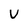
Character: U